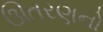
ઊતરણનો